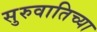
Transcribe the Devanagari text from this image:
सुरुवातिच्या